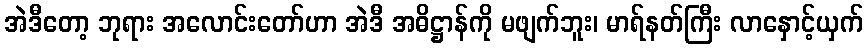
အဲဒီတော့ ဘုရား အလောင်းတော်ဟာ အဲဒီ အဓိဋ္ဌာန်ကို မဖျက်ဘူး၊ မာရ်နတ်ကြီး လာနှောင့်ယှက်